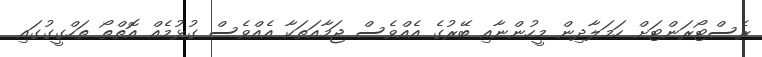
ރެސްޓޯރަންޓަށް ހަމަލާދިން މީހުންނާއި ބޭރުގެ އެއްވެސް ޖަމާއަތަކާ އެއްވެސް ގުޅުމެއް އޮތްތޯ ތަހްގީގުގައި